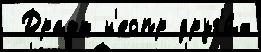
 Драфт н'еопр друг'и́х